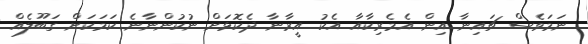
ނަމަވެސް ޗައިނާ އިން އެމެރިކާއާ އެކު އީރާނާ ދެކޮޅަށް ނުކުންނާނެ ކަމަކަށް ގަބޫލެއް